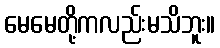
မေမေတို့ကလည်းမသိဘူး။